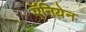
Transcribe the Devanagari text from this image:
ऍनियेन